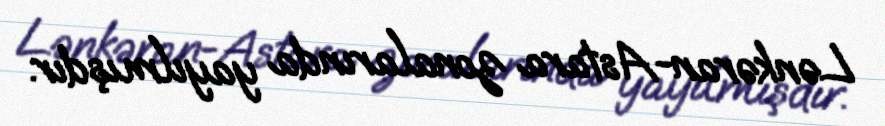
Lənkəran-Astara zonalarında yayılmışdır.